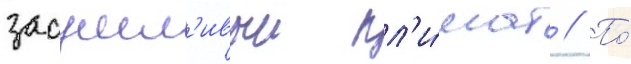
засушл'ивыи кл'и́мат // По́